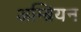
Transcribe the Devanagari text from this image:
अम्ब्रियन